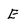
Character: E